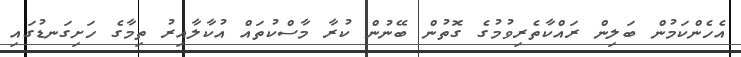
އެހެންކަމުން ބަލިން ރައްކާތެރިވުމުގެ ގޮތުން ބޭނުން ކުރާ މާސްކުތައް އުކާލާއިރު ތިމާގެ ހަށިގަނޑުގައި